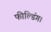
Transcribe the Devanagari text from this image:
फील्डिंग।